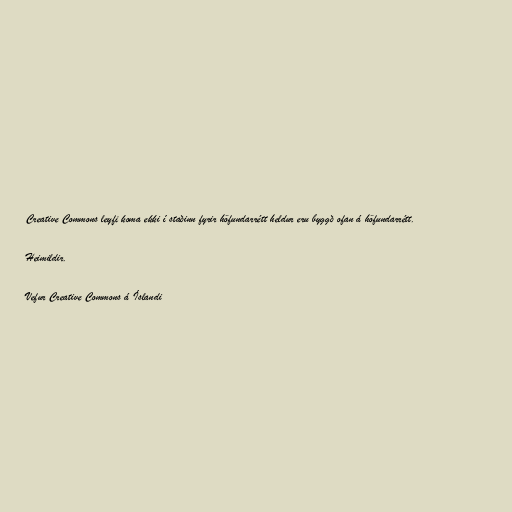
Creative Commons leyfi koma ekki í staðinn fyrir höfundarrétt heldur eru byggð ofan á höfundarrétt.

Heimildir.

Vefur Creative Commons á Íslandi